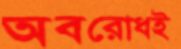
অবরোধই